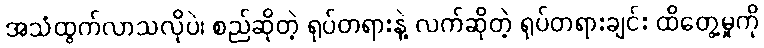
အသံထွက်လာသလိုပဲ၊ စည်ဆိုတဲ့ ရုပ်တရားနဲ့ လက်ဆိုတဲ့ ရုပ်တရားချင်း ထိတွေ့မှုကို